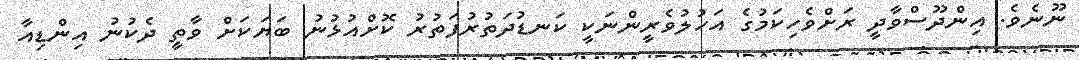
ނޫނެވެ. އިންދޫސްވާދީ ރަށްވެހިކަމުގެ އަހުލުވެރީންނަކީ ކަނޑުދަތުރުފަތުރު ކޮށްއުޅުނު ބަޔަކަށް ވާތީ ދެކުނު އިންޑިއާ